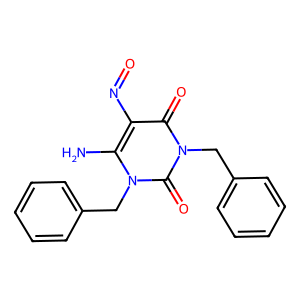
SMILES: Nc1c(N=O)c(=O)n(Cc2ccccc2)c(=O)n1Cc1ccccc1
Inhibits HIV replication: No